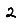
Digit: 2